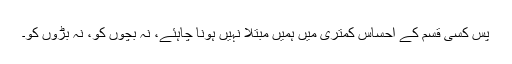
پس کسی قسم کے احساسِ کمتری میں ہمیں مبتلا نہیں ہونا چاہئے، نہ بچوں کو، نہ بڑوں کو۔